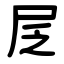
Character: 㞏